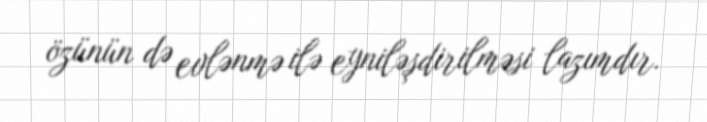
özünün də evlənmə ilə eyniləşdirilməsi lazımdır.